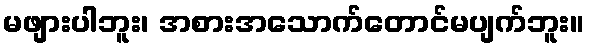
မဖျားပါဘူး၊ အစားအသောက်တောင်မပျက်ဘူး။